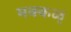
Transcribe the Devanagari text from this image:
मक्कळ्